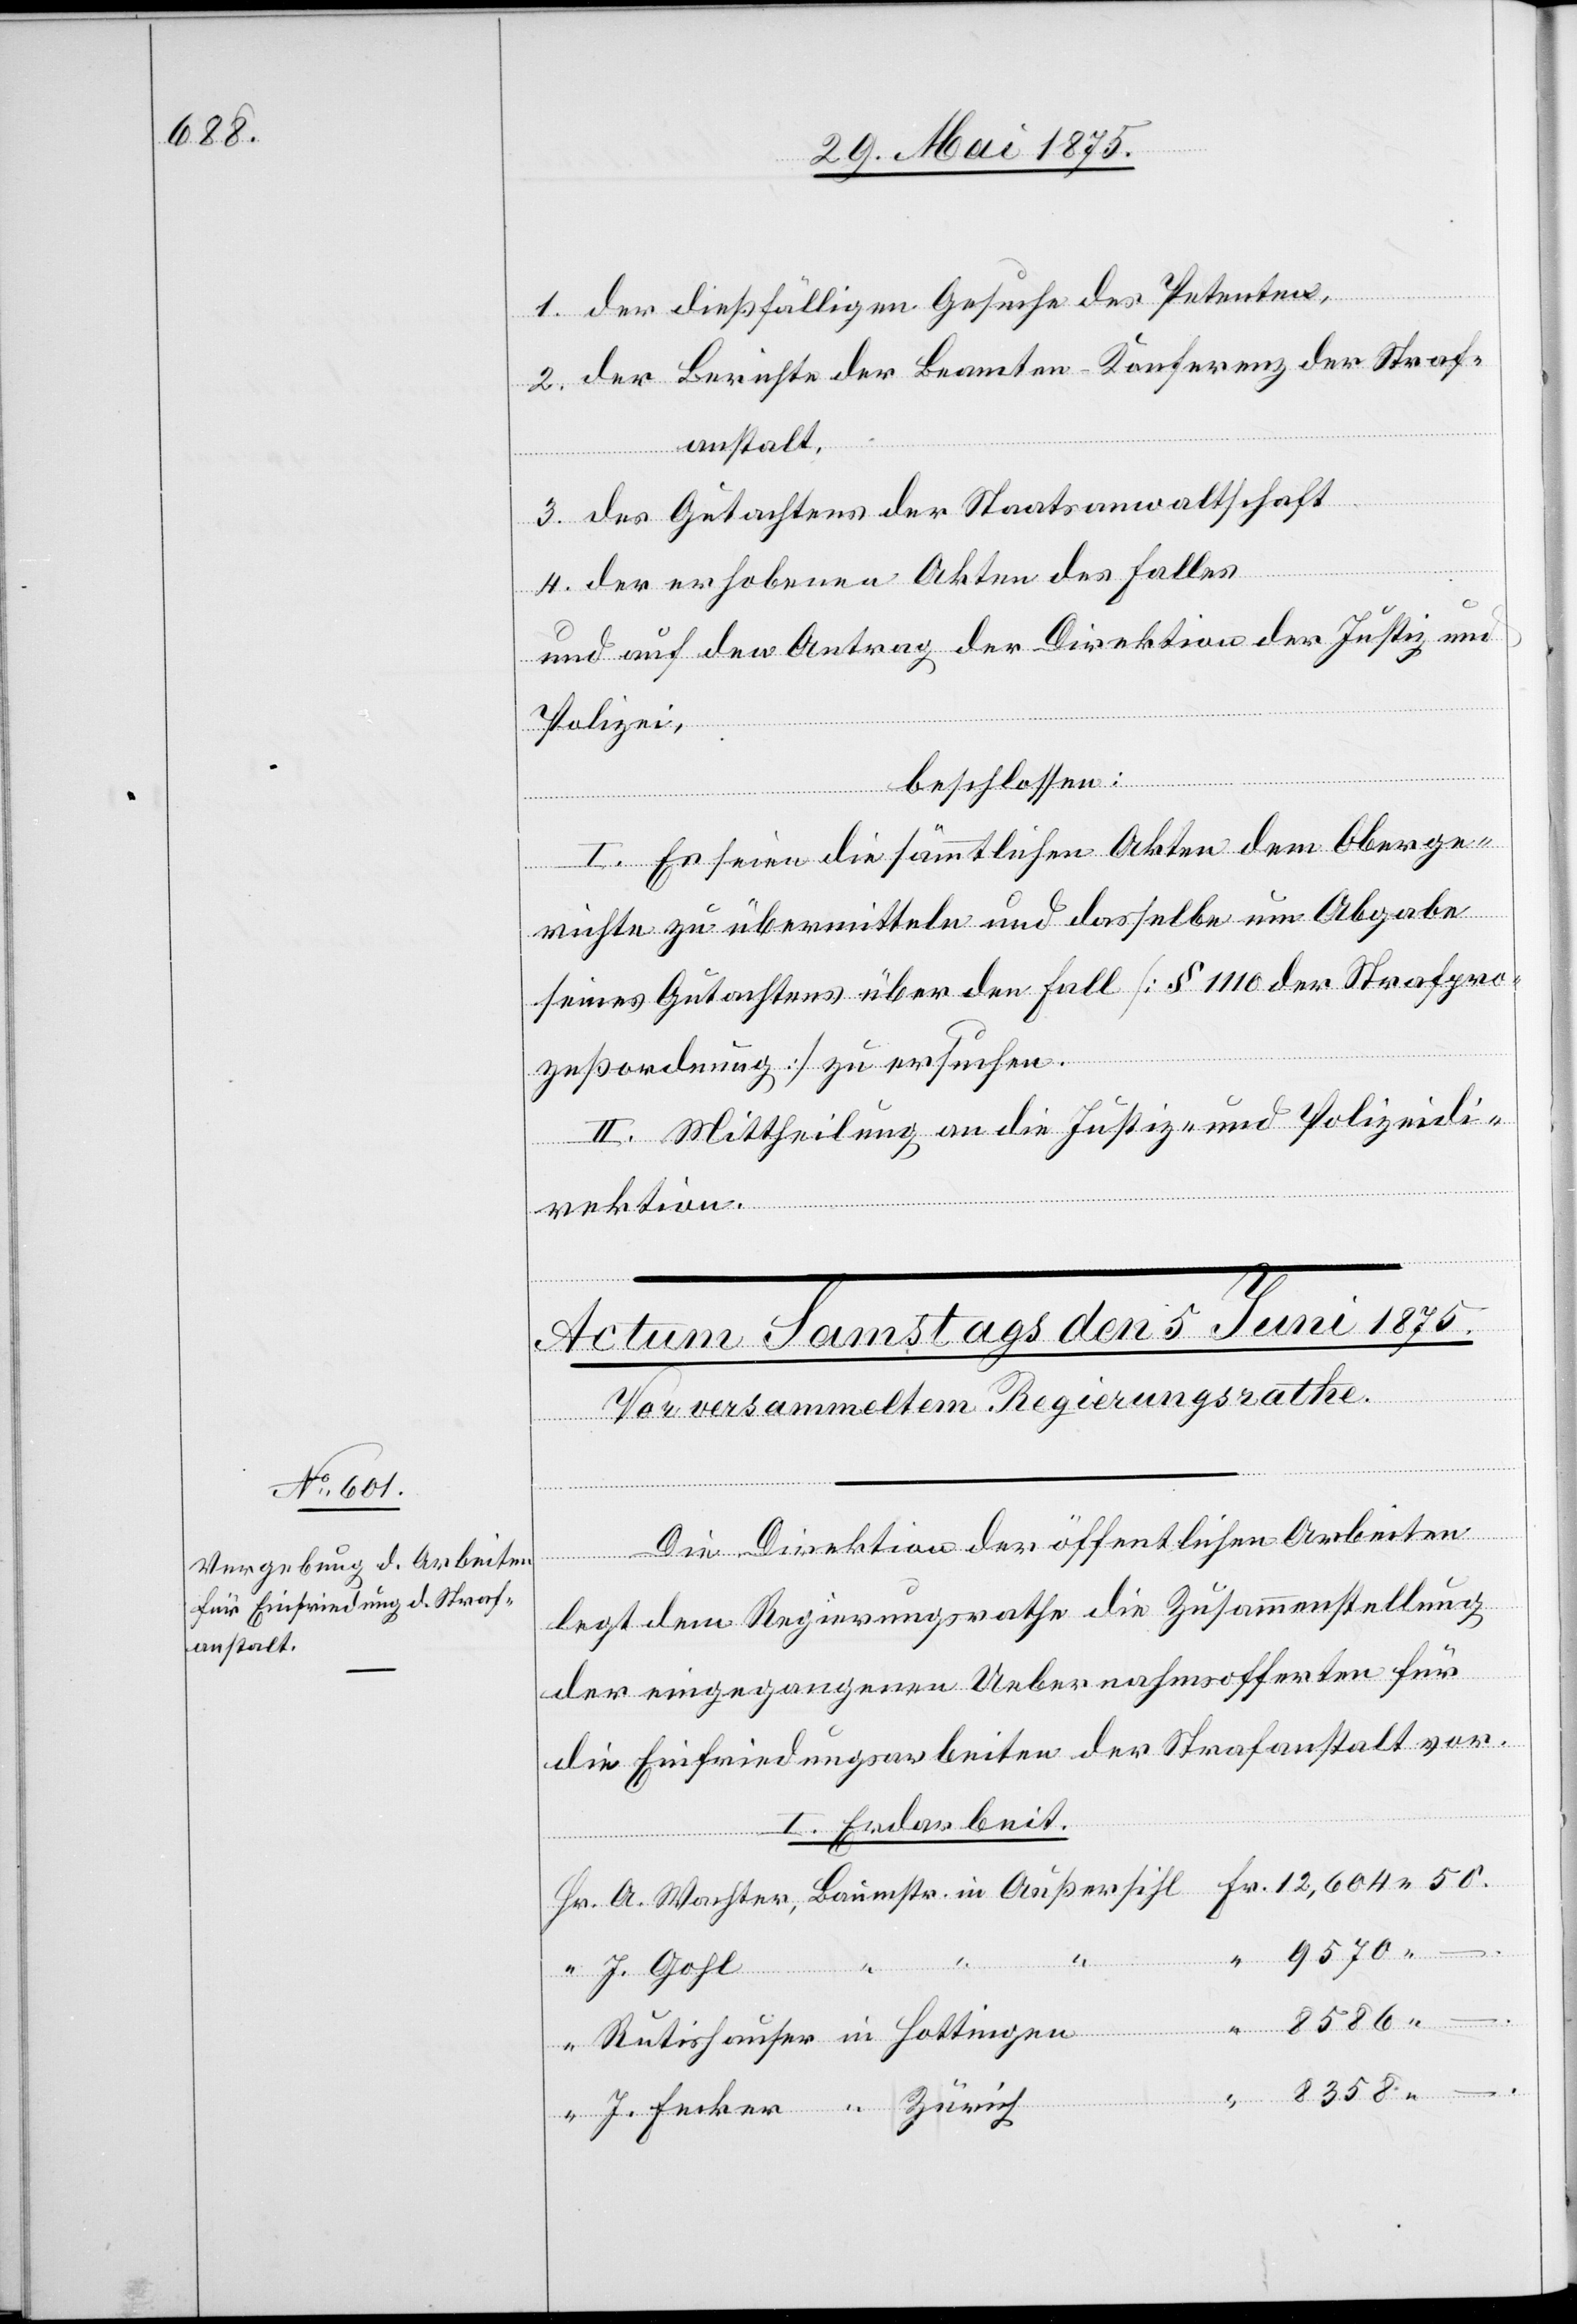
8358

1. der dießfälligen Gesuche der Petenten,
2. der Berichte der Beamten-Konferenz der Straf¬
anstalt,
3. des Gutachtens der Staatsanwaltschaft,
der erhobenen Akten des Falles
–.
und auf den Antrag der Direktion der Justiz und
Polizei,
beschlossen:
I. Es seien die sämmtlichen Akten dem Oberge¬
Fecker
richte zu übermitteln und dasselbe um Abgabe
seines Gutachtens über den Fall [§ 1110 der Strafpro¬
zeßordnung] zu ersuchen.
II. Mittheilung an die Justiz- und Polizeidi¬
rektion.
Die Direktion der öffentlichen Arbeiten
legt dem Regierungsrathe die Zusammenstellung
der eingegangenen Uebernahmsofferten für
die Einfriedungsarbeiten der Strafanstalt vor.
I. Erdarbeit.
“
9570
J.
J. Gohl
8586 –.

in